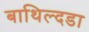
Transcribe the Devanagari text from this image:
बाथिल्दडा